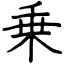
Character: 乗